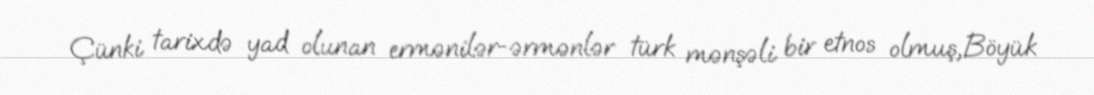
Çünki tarixdə yad olunan ermənilər-ərmənlər türk mənşəli bir etnos olmuş,Böyük